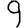
Digit: 9